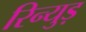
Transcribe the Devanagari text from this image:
रिन्युड़